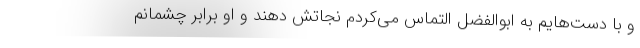
و با دست‌هایم به ابوالفضل التماس می‌کردم نجاتش دهند و او برابر چشمانم